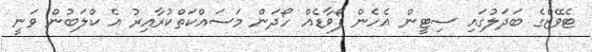
ޓެވޭޒްގެ ބަދަލުގައި ސިޓީން އެހެން ފޯވާޑެއް ހޯދަން މަސައްކަތްކުރާއިރު އެ ކްލަބުން ވަނީ